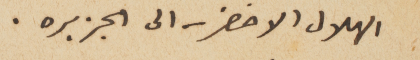
الهلال الاخضر – الى الجزيره.